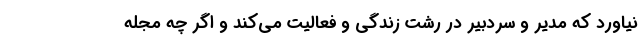
نیاورد که مدیر و سردبیر در رشت زندگی و فعالیت می‌کند و اگر چه مجله